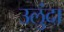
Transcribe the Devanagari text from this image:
उलुंदा